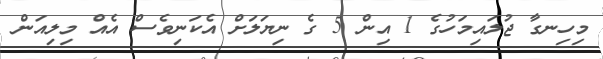
މިހިނގާ ޖުލައިމަހުގެ 1 އިން 5 ގެ ނިޔަލަށް އެކަނިވެސް އެއް މިލިއަން